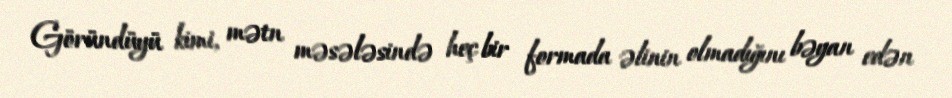
Göründüyü kimi, mətn məsələsində heç bir formada əlinin olmadığını bəyan edən